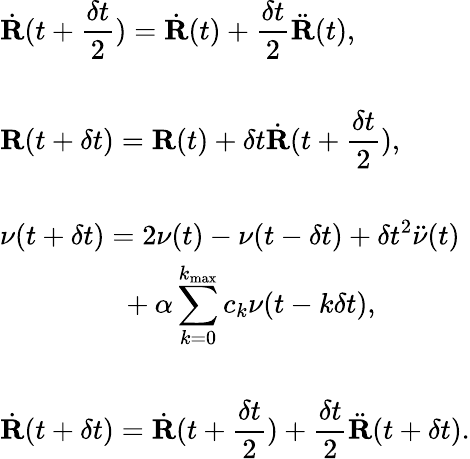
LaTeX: \begin{array}{l}{{\displaystyle{{\dot{\mathbf R}}}(t+\frac{\delta t}{2})={{\dot{\mathbf R}}}(t)+\frac{\delta t}{2}{{\ddot{\mathbf R}}}(t)},}\\ {~~}\\ {{\displaystyle{{\mathbf R}}(t+\delta t)={{\mathbf R}}(t)+\delta t{{\dot{\mathbf R}}}(t+\frac{\delta t}{2})},}\\ {~~}\\ {{\displaystyle\nu(t+\delta t)=2\nu(t)-\nu(t-\delta t)+\delta t^{2}{\ddot{\nu}}(t)}}\\ {{\displaystyle~~~~~~~~~~~~~~~~~+\alpha\sum_{k=0}^{k_{\mathrm{max}}}c_{k}\nu(t-k\delta t)},}\\ {~~}\\ {{\displaystyle{{\dot{\mathbf R}}}(t+\delta t)={{\dot{\mathbf R}}}(t+\frac{\delta t}{2})+\frac{\delta t}{2}{{\ddot{\mathbf R}}}(t+\delta t)}.}\end{array}